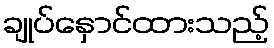
ချုပ်နှောင်ထားသည့်